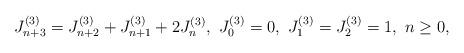
LaTeX: \begin{align*}J_{n+3}^{(3)}=J_{n+2}^{(3)}+J_{n+1}^{(3)}+2J_{n}^{(3)},\ J_{0}^{(3)}=0,\ J_{1}^{(3)}=J_{2}^{(3)}=1,\ n\geq0,\end{align*}